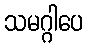
သမဂ္ဂါပေ